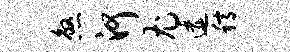
煞河尤逶稿